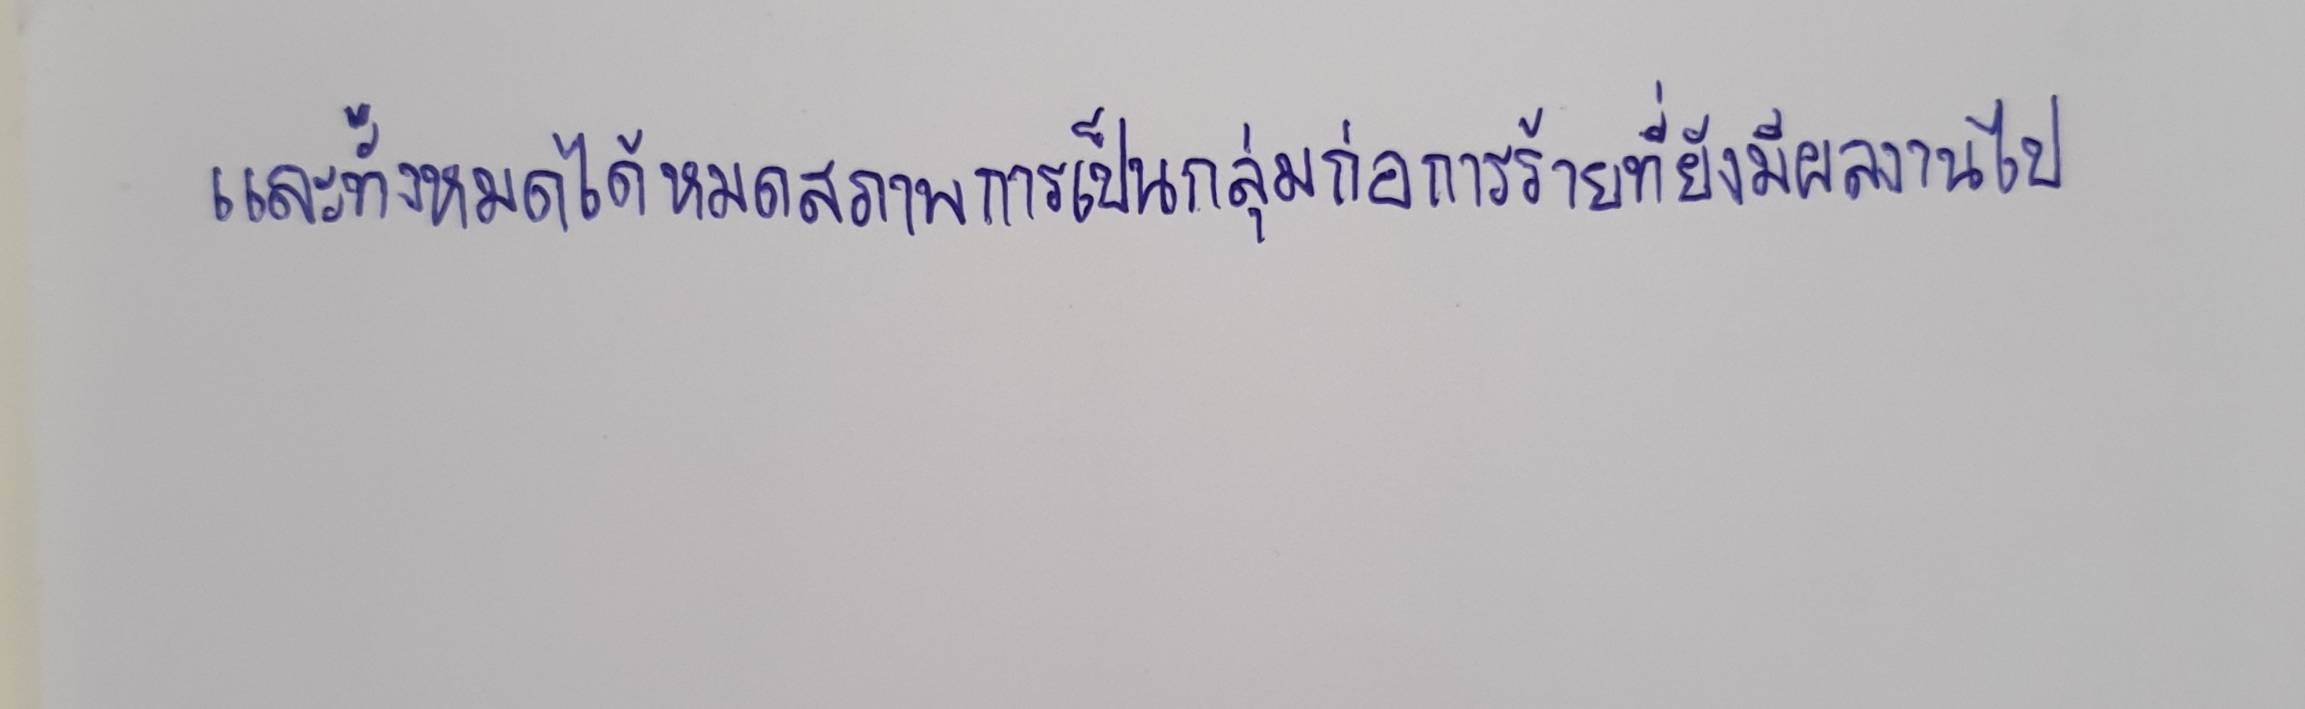
และทั้งหมดได้หมดสภาพการเป็นกลุ่มก่อการร้ายที่ยังมีผลงานไป